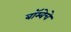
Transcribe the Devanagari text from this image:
बॉम्बेचे